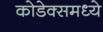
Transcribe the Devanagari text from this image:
कोडेक्समध्ये